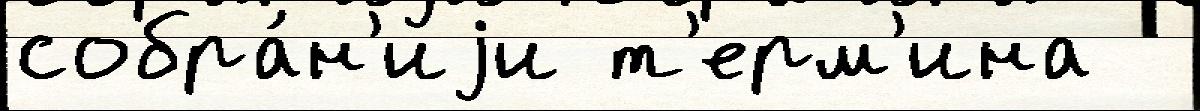
собра́н'иjи т'ерм'ина